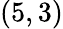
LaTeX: (5,3)